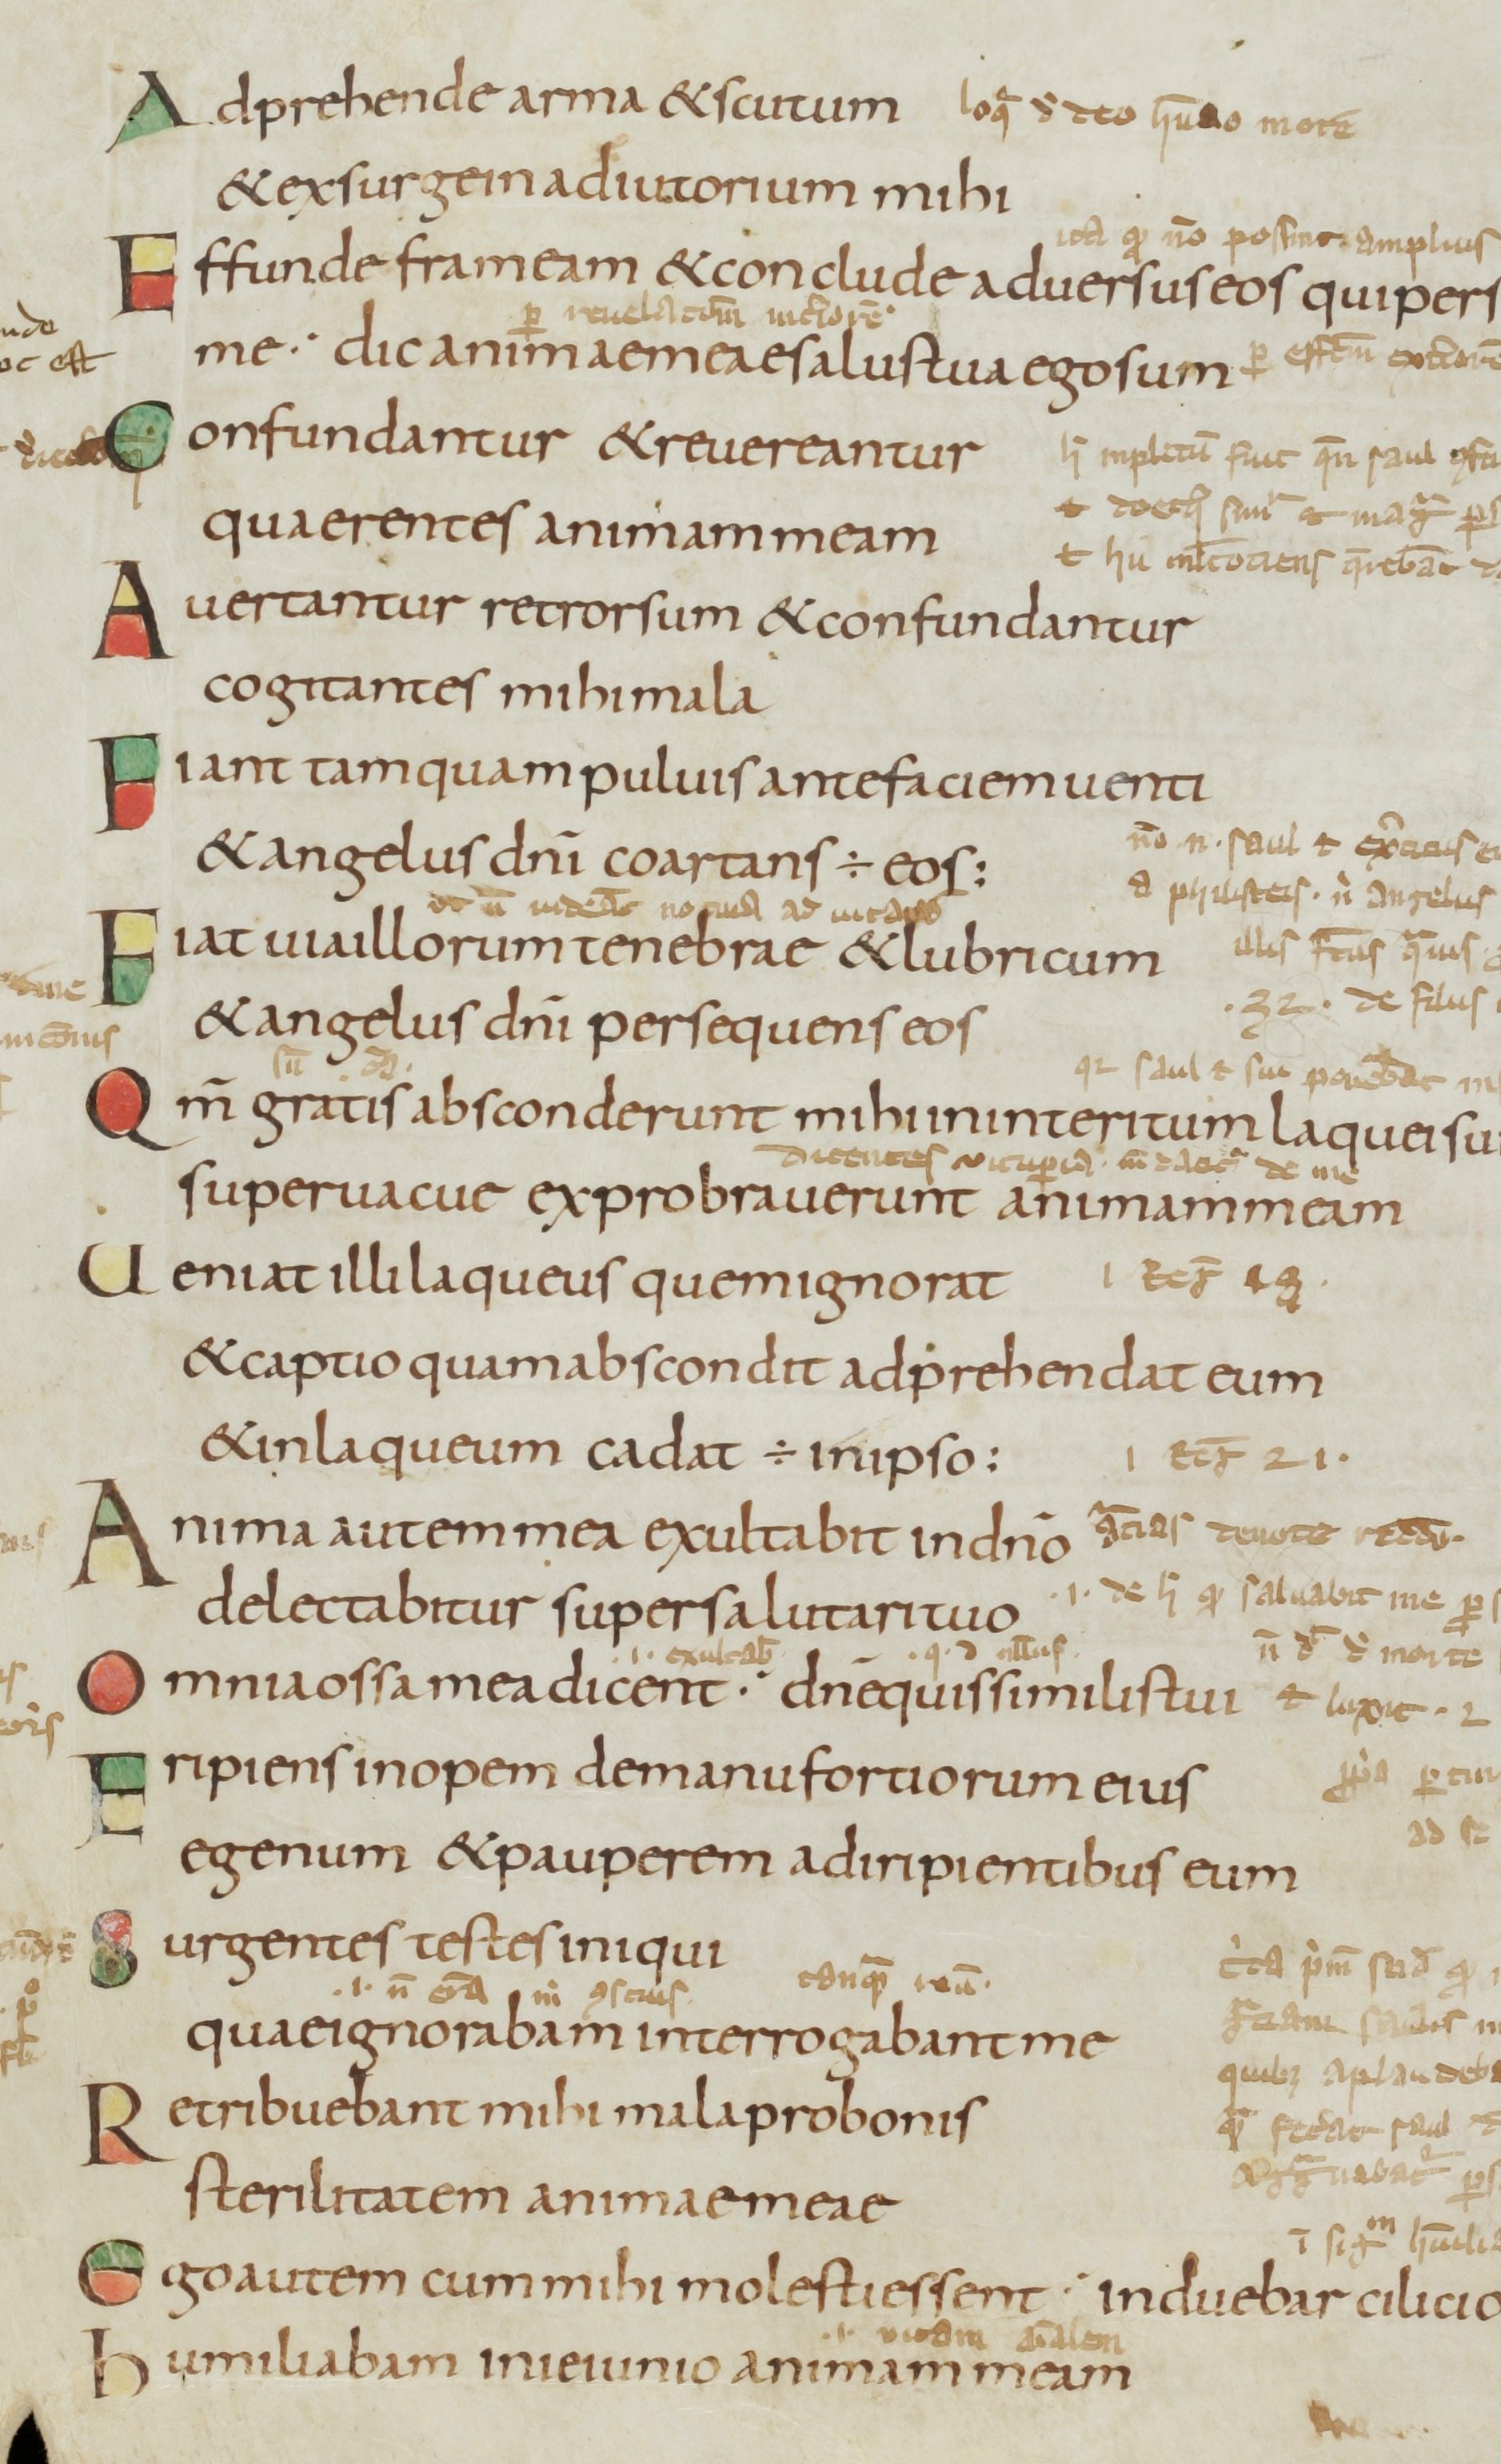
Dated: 800–899